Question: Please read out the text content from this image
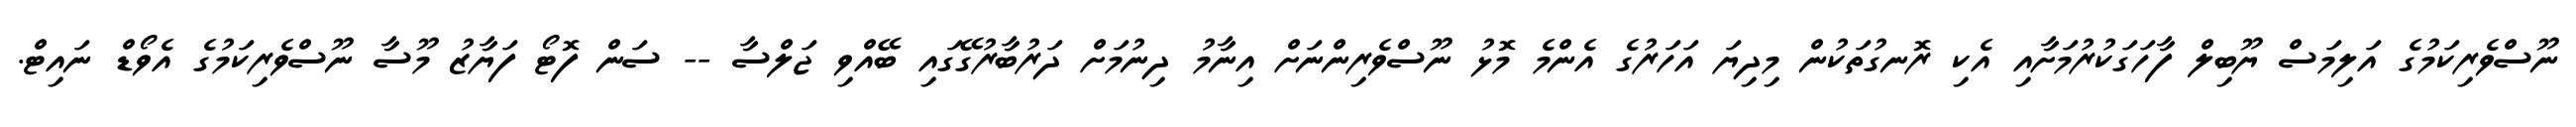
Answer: ނޫސްވެރިކަމުގެ އަލިމަސް ޔޫބިލް ފާހަގަކުރުމަށާއި އެކި ރޮނގުތަކުން މިދިޔަ އަހަރުގެ އެންމެ މޮޅު ނޫސްވެރިންނަށް އިނާމު ދިނުމަށް ދަރުބާރުގޭގައި ބޭއްވި ޖަލްސާ -- ސަން ފޮޓޯ ފަޔާޒު މޫސާ ނޫސްވެރިކަމުގެ އެވޯޑް ނައިޓް.